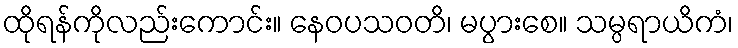
ထိုရန်ကိုလည်းကောင်း။ နေဝပသဝတိ၊ မပွားစေ။ သမ္ပရာယိကံ၊